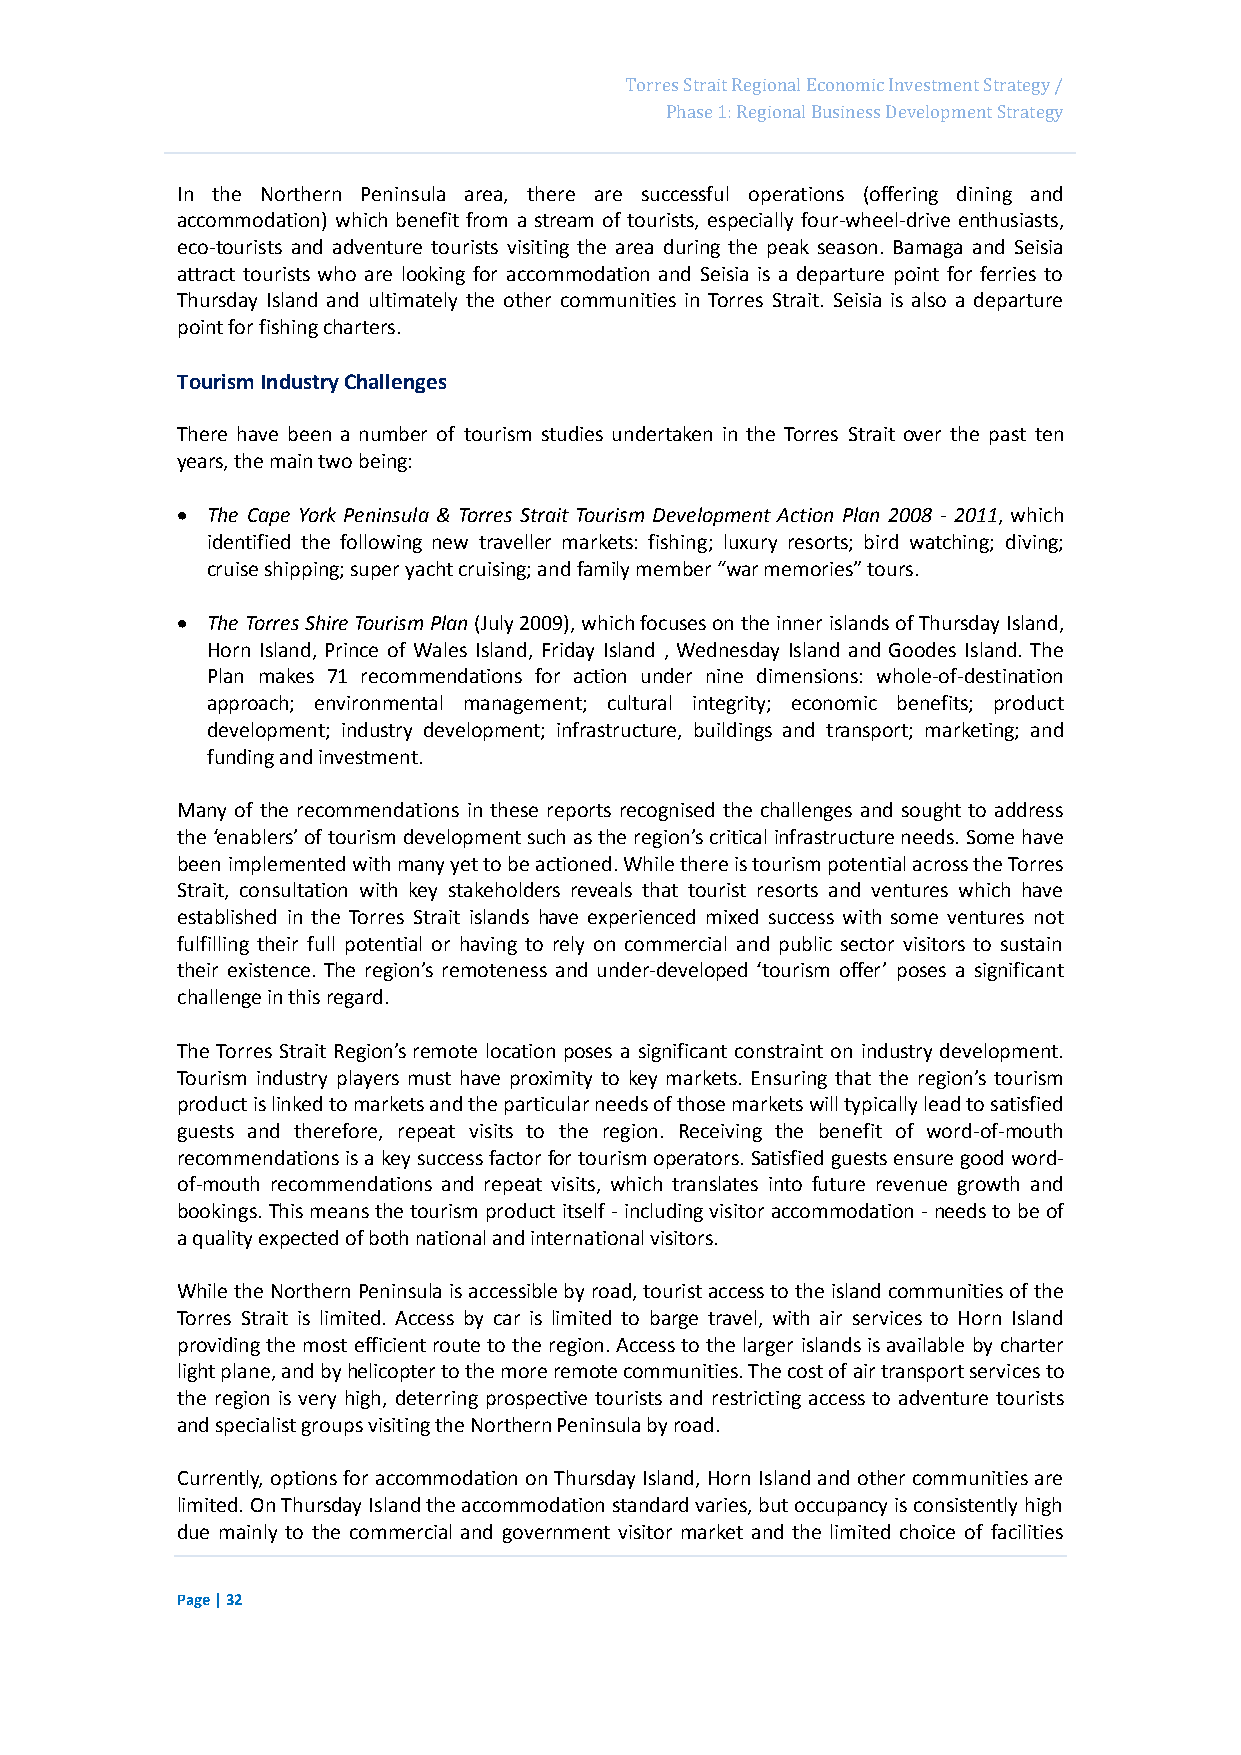
Page 48
 Torres Strait Regional Economic Investment Strategy /
 Phase 1: Regional Business Development Strategy
 In the Northern Peninsula area, there are successful operations (offering dining and
 accommodation) which benefit from a stream of tourists, especially four-wheel-drive enthusiasts,
 eco-tourists and adventure tourists visiting the area during the peak season. Bamaga and Seisia
 attract tourists who are looking for accommodation and Seisia is a departure point for ferries to
 Thursday Island and ultimately the other communities in Torres Strait. Seisia is also a departure
 point for fishing charters.
 Tourism Industry Challenges
 There have been a number of tourism studies undertaken in the Torres Strait over the past ten
 years, the main two being:
  The Cape York Peninsula & Torres Strait Tourism Development Action Plan 2008 - 2011, which
 identified the following new traveller markets: fishing; luxury resorts; bird watching; diving;
 cruise shipping; super yacht cruising; and family member “war memories” tours.
  The Torres Shire Tourism Plan (July 2009), which focuses on the inner islands of Thursday Island,
 Horn Island, Prince of Wales Island, Friday Island , Wednesday Island and Goodes Island. The
 Plan makes 71 recommendations for action under nine dimensions: whole-of-destination
 approach; environmental management; cultural integrity; economic benefits; product
 development; industry development; infrastructure, buildings and transport; marketing; and
 funding and investment.
 Many of the recommendations in these reports recognised the challenges and sought to address
 the ‘enablers’ of tourism development such as the region’s critical infrastructure needs. Some have
 been implemented with many yet to be actioned. While there is tourism potential across the Torres
 Strait, consultation with key stakeholders reveals that tourist resorts and ventures which have
 established in the Torres Strait islands have experienced mixed success with some ventures not
 fulfilling their full potential or having to rely on commercial and public sector visitors to sustain
 their existence. The region’s remoteness and under-developed ‘tourism offer’ poses a significant
 challenge in this regard.
 The Torres Strait Region’s remote location poses a significant constraint on industry development.
 Tourism industry players must have proximity to key markets. Ensuring that the region’s tourism
 product is linked to markets and the particular needs of those markets will typically lead to satisfied
 guests and therefore, repeat visits to the region. Receiving the benefit of word-of-mouth
 recommendations is a key success factor for tourism operators. Satisfied guests ensure good word-
 of-mouth recommendations and repeat visits, which translates into future revenue growth and
 bookings. This means the tourism product itself - including visitor accommodation - needs to be of
 a quality expected of both national and international visitors.
 While the Northern Peninsula is accessible by road, tourist access to the island communities of the
 Torres Strait is limited. Access by car is limited to barge travel, with air services to Horn Island
 providing the most efficient route to the region. Access to the larger islands is available by charter
 light plane, and by helicopter to the more remote communities. The cost of air transport services to
 the region is very high, deterring prospective tourists and restricting access to adventure tourists
 and specialist groups visiting the Northern Peninsula by road.
 Currently, options for accommodation on Thursday Island, Horn Island and other communities are
 limited. On Thursday Island the accommodation standard varies, but occupancy is consistently high
 due mainly to the commercial and government visitor market and the limited choice of facilities
 Page | 32